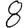
Digit: 8